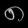
Digit: ၈